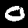
Digit: 0